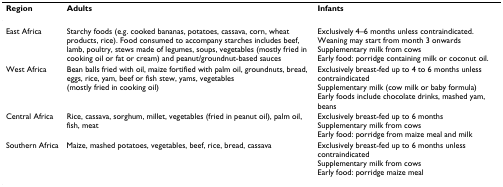
| Region | Adults | Infants |
 | --- | --- | --- |
 | East Africa | Starchy foods (e.g. cooked bananas, potatoes, cassava, corn, wheat products, rice). Food consumed to accompany starches includes beef, lamb, poultry, stews made of legumes, soups, vegetables (mostly fried in cooking oil or fat or cream) and peanut/groundnut-based sauces | Exclusively 4–6 months unless contraindicated. Weaning may start from month 3 onwardsSupplementary milk from cowsEarly food: porridge containing milk or coconut oil. |
 | West Africa | Bean balls fried with oil, maize fortified with palm oil, groundnuts, bread, eggs, rice, yam, beef or fish stew, yams, vegetables (mostly fried in cooking oil) | Exclusively breast-fed up to 4 to 6 months unless contraindicatedSupplementary milk (cow milk or baby formula)Early foods include chocolate drinks, mashed yam, beans |
 | Central Africa | Rice, cassava, sorghum, millet, vegetables (fried in peanut oil), palm oil, fish, meat | Exclusively breast-fed up to 6 monthsSupplementary milk from cowsEarly food: porridge from maize meal and milk |
 | Southern Africa | Maize, mashed potatoes, vegetables, beef, rice, bread, cassava | Exclusively breast-fed up to 6 months unless contraindicatedSupplementary milk from cowsEarly food: porridge maize meal |